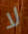
لا